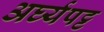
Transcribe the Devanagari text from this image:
अर्घ्यपट्ट